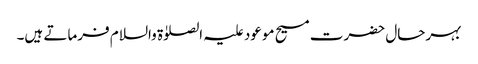
بہرحال حضرت مسیح موعود علیہ الصلوٰۃ والسلام فرماتے ہیں۔